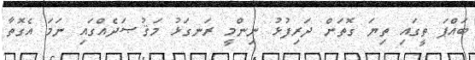
ބައްޕަ ތީގައި ތިޔަ ގޮތަށް ދަރިފުޅު ނިންމީ ރަނގަޅު މަޤުޞަދެއްގައި ނަމަ އެގޮތާ